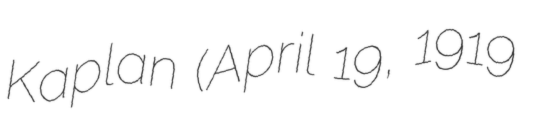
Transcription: Kaplan (April 19, 1919